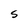
Character: S